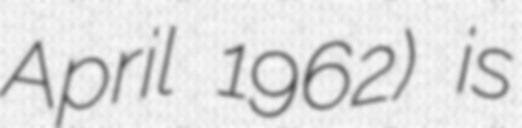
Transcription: April 1962) is